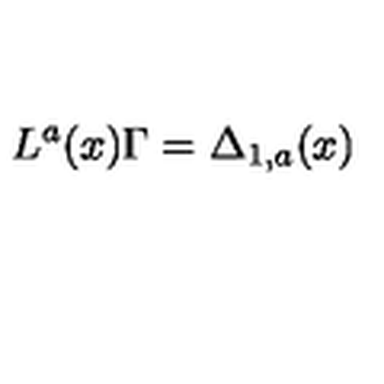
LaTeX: L ^ { a } ( x ) \Gamma = \Delta _ { 1 , a } ( x )